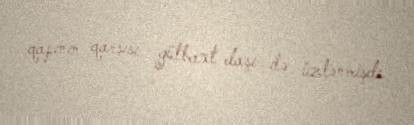
qapının qarşısı gülbaxt daşı ilə üzlənmişdi.